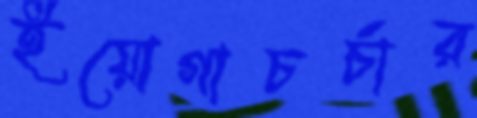
ইয়োগাচর্চার